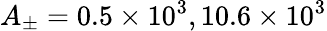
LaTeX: A_{\pm}=0.5\times 10^{3},10.6\times 10^{3}